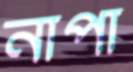
নাপা